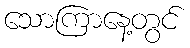
သောကြာနေ့တွင်